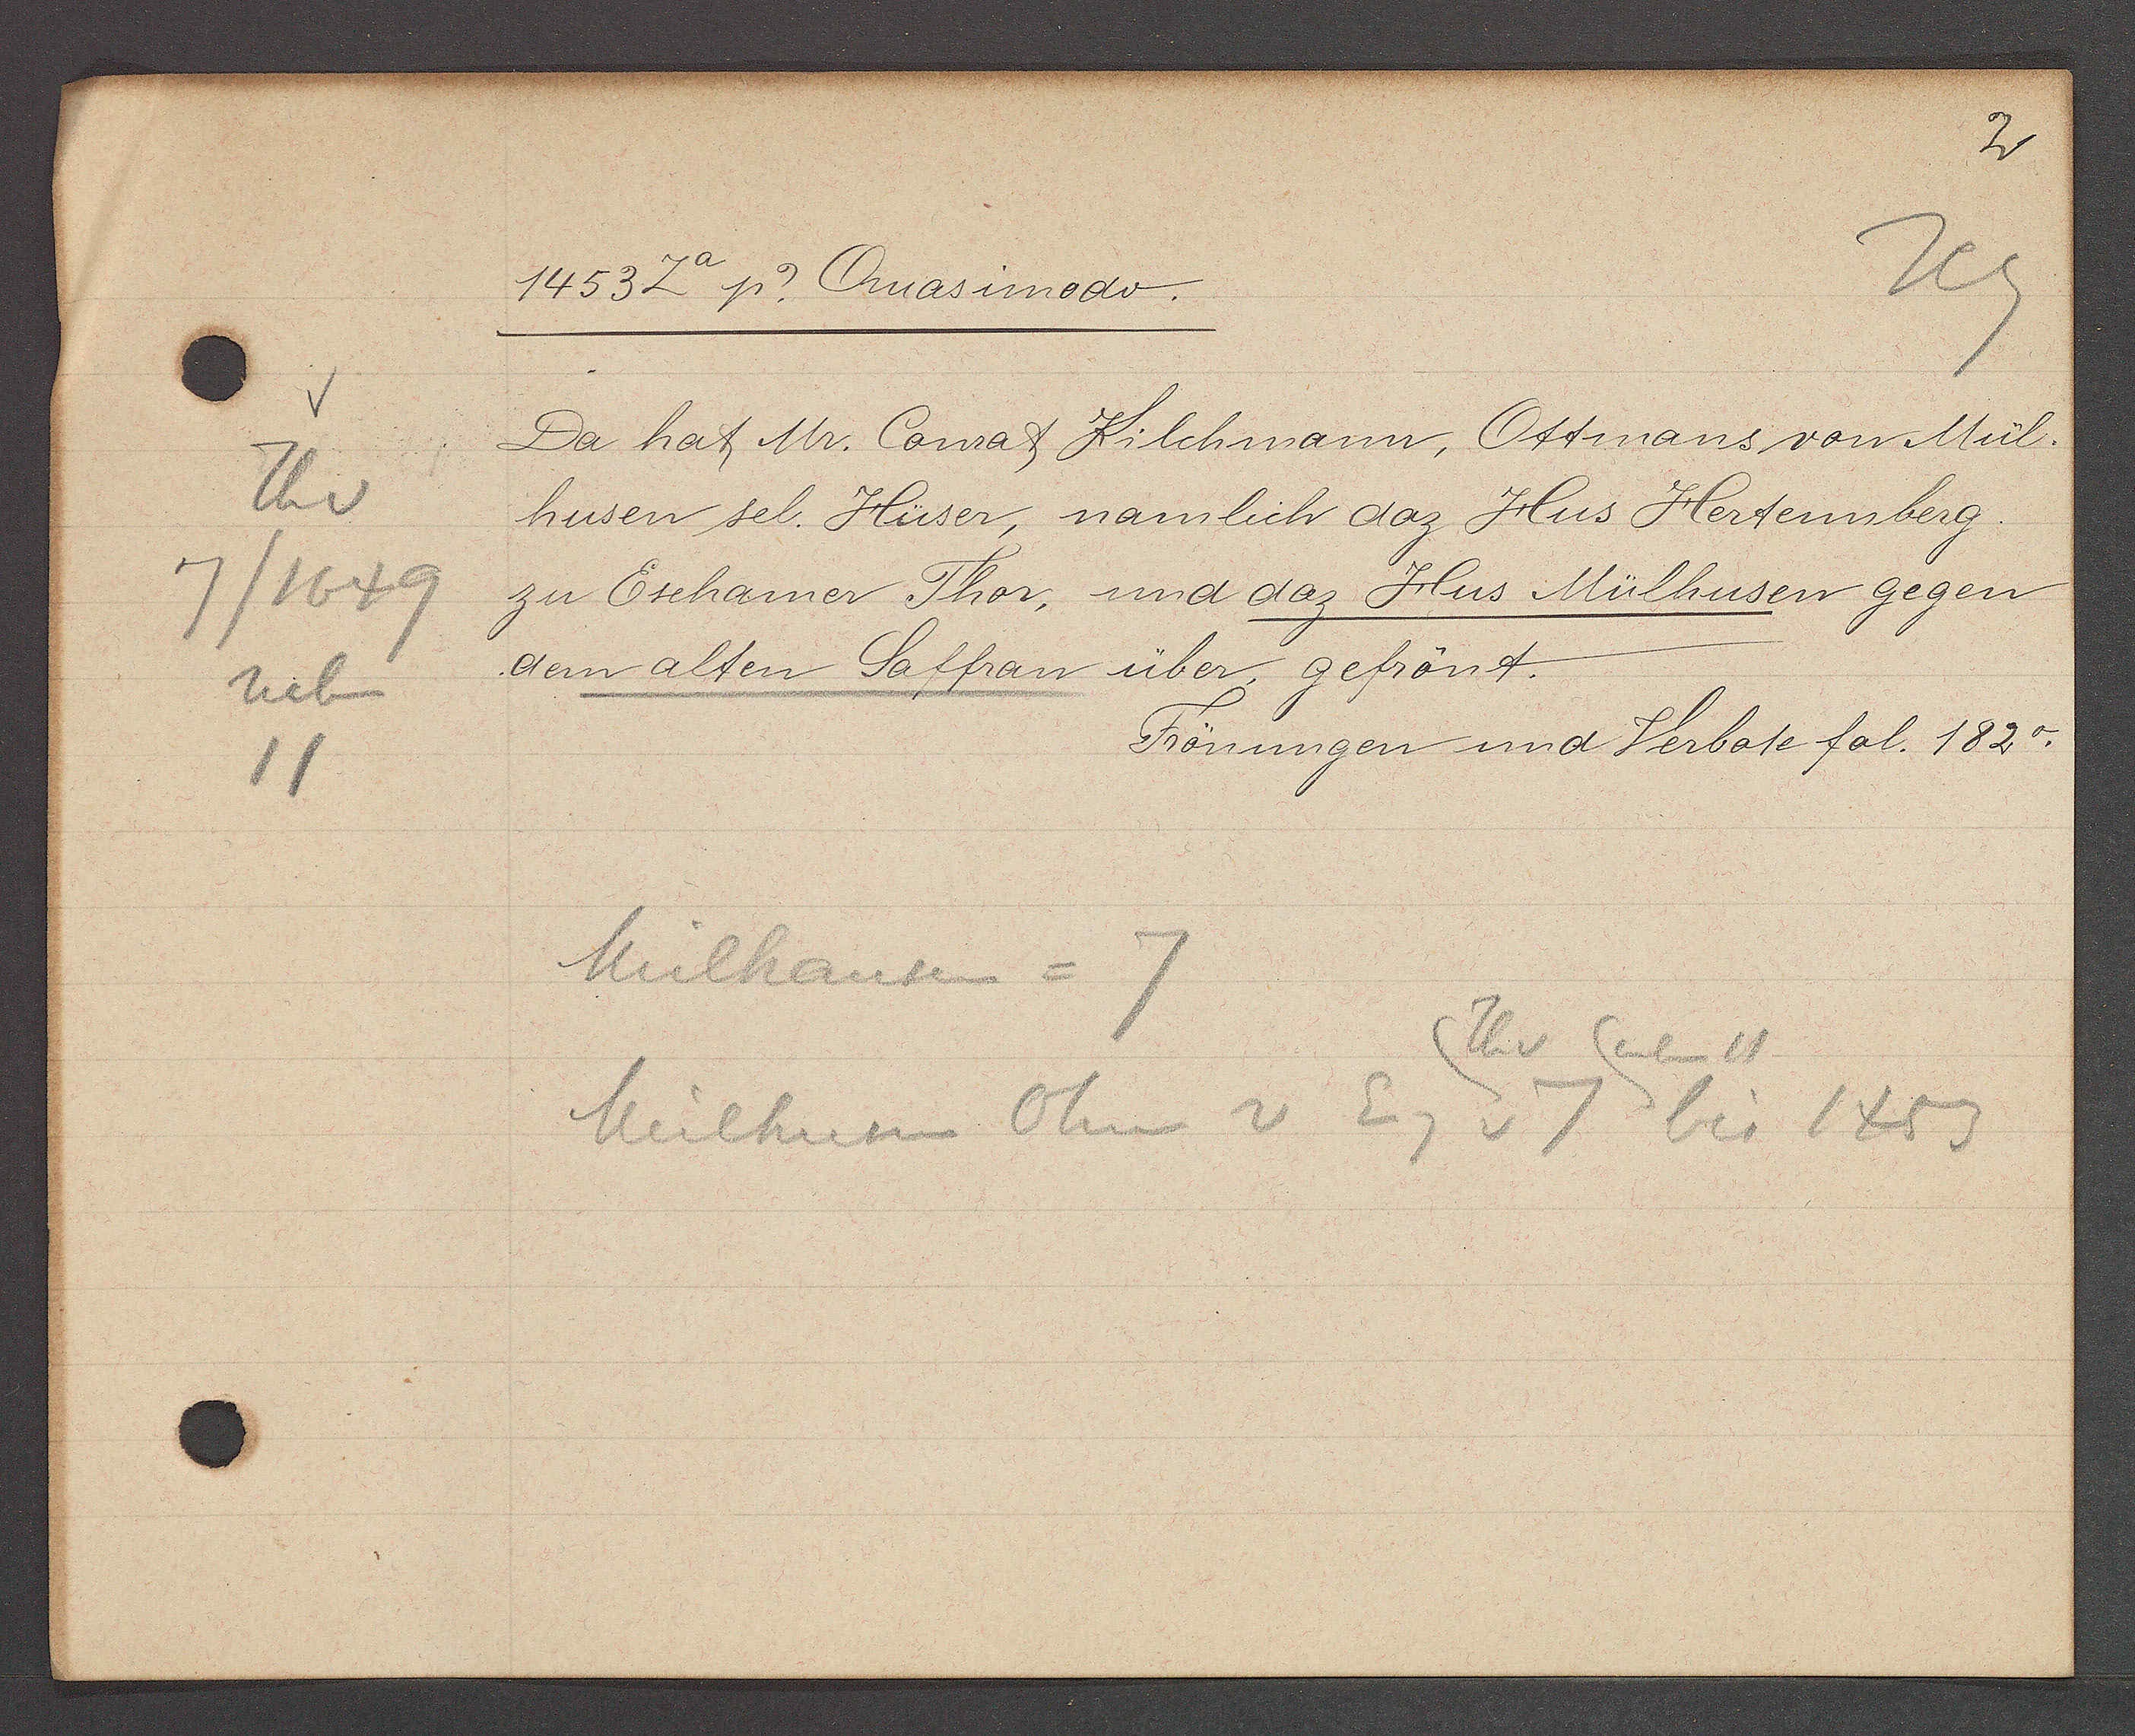
Transcript:
Th v
7/1649
neben
11

1453 2a Ƿ ? Quasimodo.

Da hat Mr. Conrat Kilchmann, Ottmans von Mül¬
husen sel. Hüser, nämlich daz Hus Hertenberg
zu Eschamer Thor, und daz Hus Mülhusen gegen
dem alten Saffran über, gefrönt.

Frönungen und Verbote fol. 182 o.

Mülhausen = 7
Thv neben 11
Mülhusen Ohn v Eig v 7 bis 1453